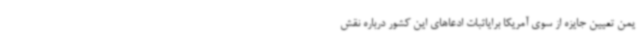
یمن تعیین جایزه از سوی آمریکا برایاثبات ادعاهای این کشور درباره نقش